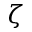
\zeta